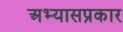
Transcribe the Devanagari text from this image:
अभ्यासप्रकार